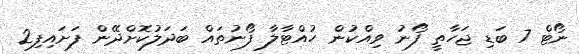
ނޯޓް 7 ބަޑި ޖަހާތީ ފޯނު ވިއްކުން ހުއްޓާލާ ފޯނުތައް ބަދަލުކޮށްދޭން ފަށައިފި2